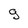
Character: 9